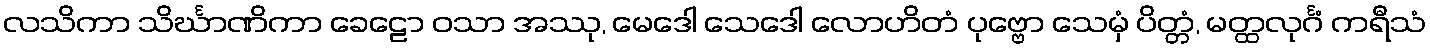
လသိကာ သိင်္ဃာဏိကာ ခေဠော ဝသာ အဿု, မေဒေါ သေဒေါ လောဟိတံ ပုဗ္ဗော သေမှံ ပိတ္တံ, မတ္ထလုင်္ဂံ ကရီသံ